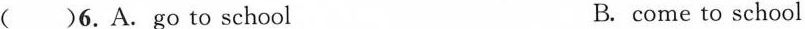
( )6.A.go to school B. come to school